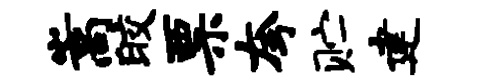
嵩皎票夸贮建